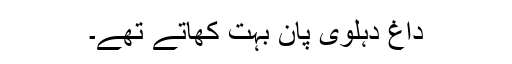
داغ دہلوی پان بہت کھاتے تھے۔